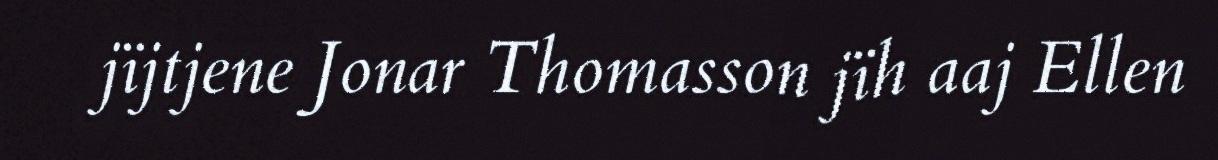
jïjtjene Jonar Thomasson jïh aaj Ellen